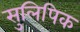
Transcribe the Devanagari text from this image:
सुलिपिक